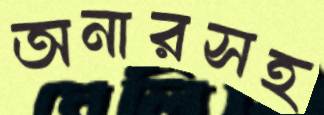
অনারসহ